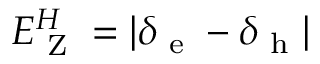
E _ { \textrm { Z } } ^ { H } = | \delta _ { \textrm { e } } - \delta _ { \textrm { h } } |